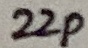
Text: 22p